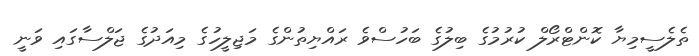
ތެލެސީމިޔާ ކޮންޓްރޯލް ކުރުމުގެ ބިލުގެ ބަހުސްވެ ރައްޔިތުންގެ މަޖިލީހުގެ މިއަދުގެ ޖަލްސާގައި ވަނީ